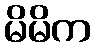
မိမိက